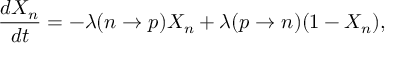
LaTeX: \frac { d X _ { n } } { d t } = - \lambda ( n \rightarrow p ) X _ { n } + \lambda ( p \rightarrow n ) ( 1 - X _ { n } ) ,